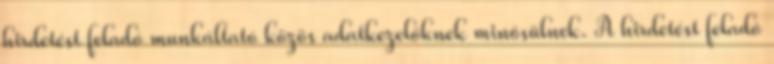
hirdetést feladó munkáltató közös adatkezelőknek minősülnek. A hirdetést feladó